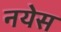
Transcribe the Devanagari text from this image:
नयेस